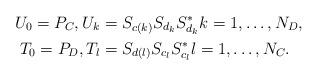
LaTeX: \begin{align*}U_0 = P_C, U_k & = S_{c(k)} S_{d_k} S_{d_k}^* k=1,\dots,N_D, \\T_0 = P_D, T_l & = S_{d(l)} S_{c_l} S_{c_l}^* l=1,\dots,N_C. \end{align*}